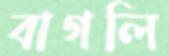
বাগলি